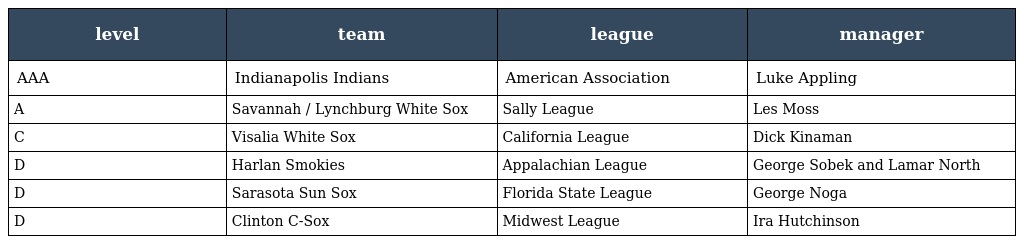
| level | team | league | manager |
 | --- | --- | --- | --- |
 | AAA | Indianapolis Indians | American Association | Luke Appling |
 | A | Savannah / Lynchburg White Sox | Sally League | Les Moss |
 | C | Visalia White Sox | California League | Dick Kinaman |
 | D | Harlan Smokies | Appalachian League | George Sobek and Lamar North |
 | D | Sarasota Sun Sox | Florida State League | George Noga |
 | D | Clinton C-Sox | Midwest League | Ira Hutchinson |